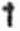
1